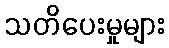
သတိပေးမှုများ